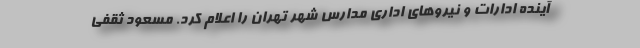
آینده ادارات و نیروهای اداری مدارس شهر تهران را اعلام کرد. مسعود ثقفی